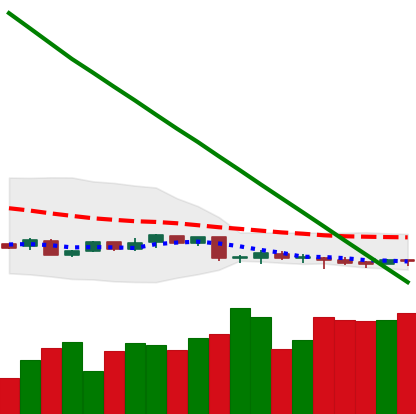
Ticker: XMR-USD
Chart end date: 2019-02-06
Forward return: 11.884%
Label: up_7plus